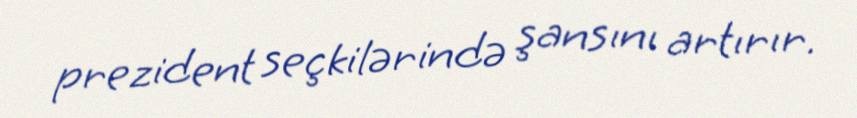
prezident seçkilərində şansını artırır.